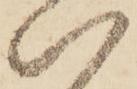
い